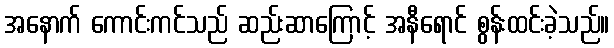
အနောက် ကောင်းကင်သည် ဆည်းဆာကြောင့် အနီရောင် စွန်းထင်းခဲ့သည်။